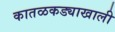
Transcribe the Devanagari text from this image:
कातळकड्याखाली